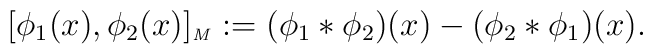
[\phi_1(x),\phi_2(x)]_\textrm{\tiny{\emph{M}}}:=(\phi_1*\phi_2)(x)- (\phi_2*\phi_1)(x).